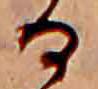
る